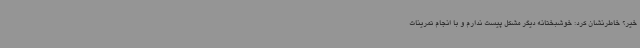
خیر؟ خاطرنشان کرد: خوشبختانه دیگر مشکل پیست ندارم و با انجام تمرینات